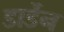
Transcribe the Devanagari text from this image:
डार्डेन